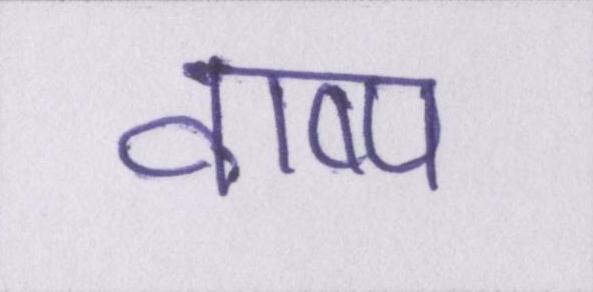
वाष्प